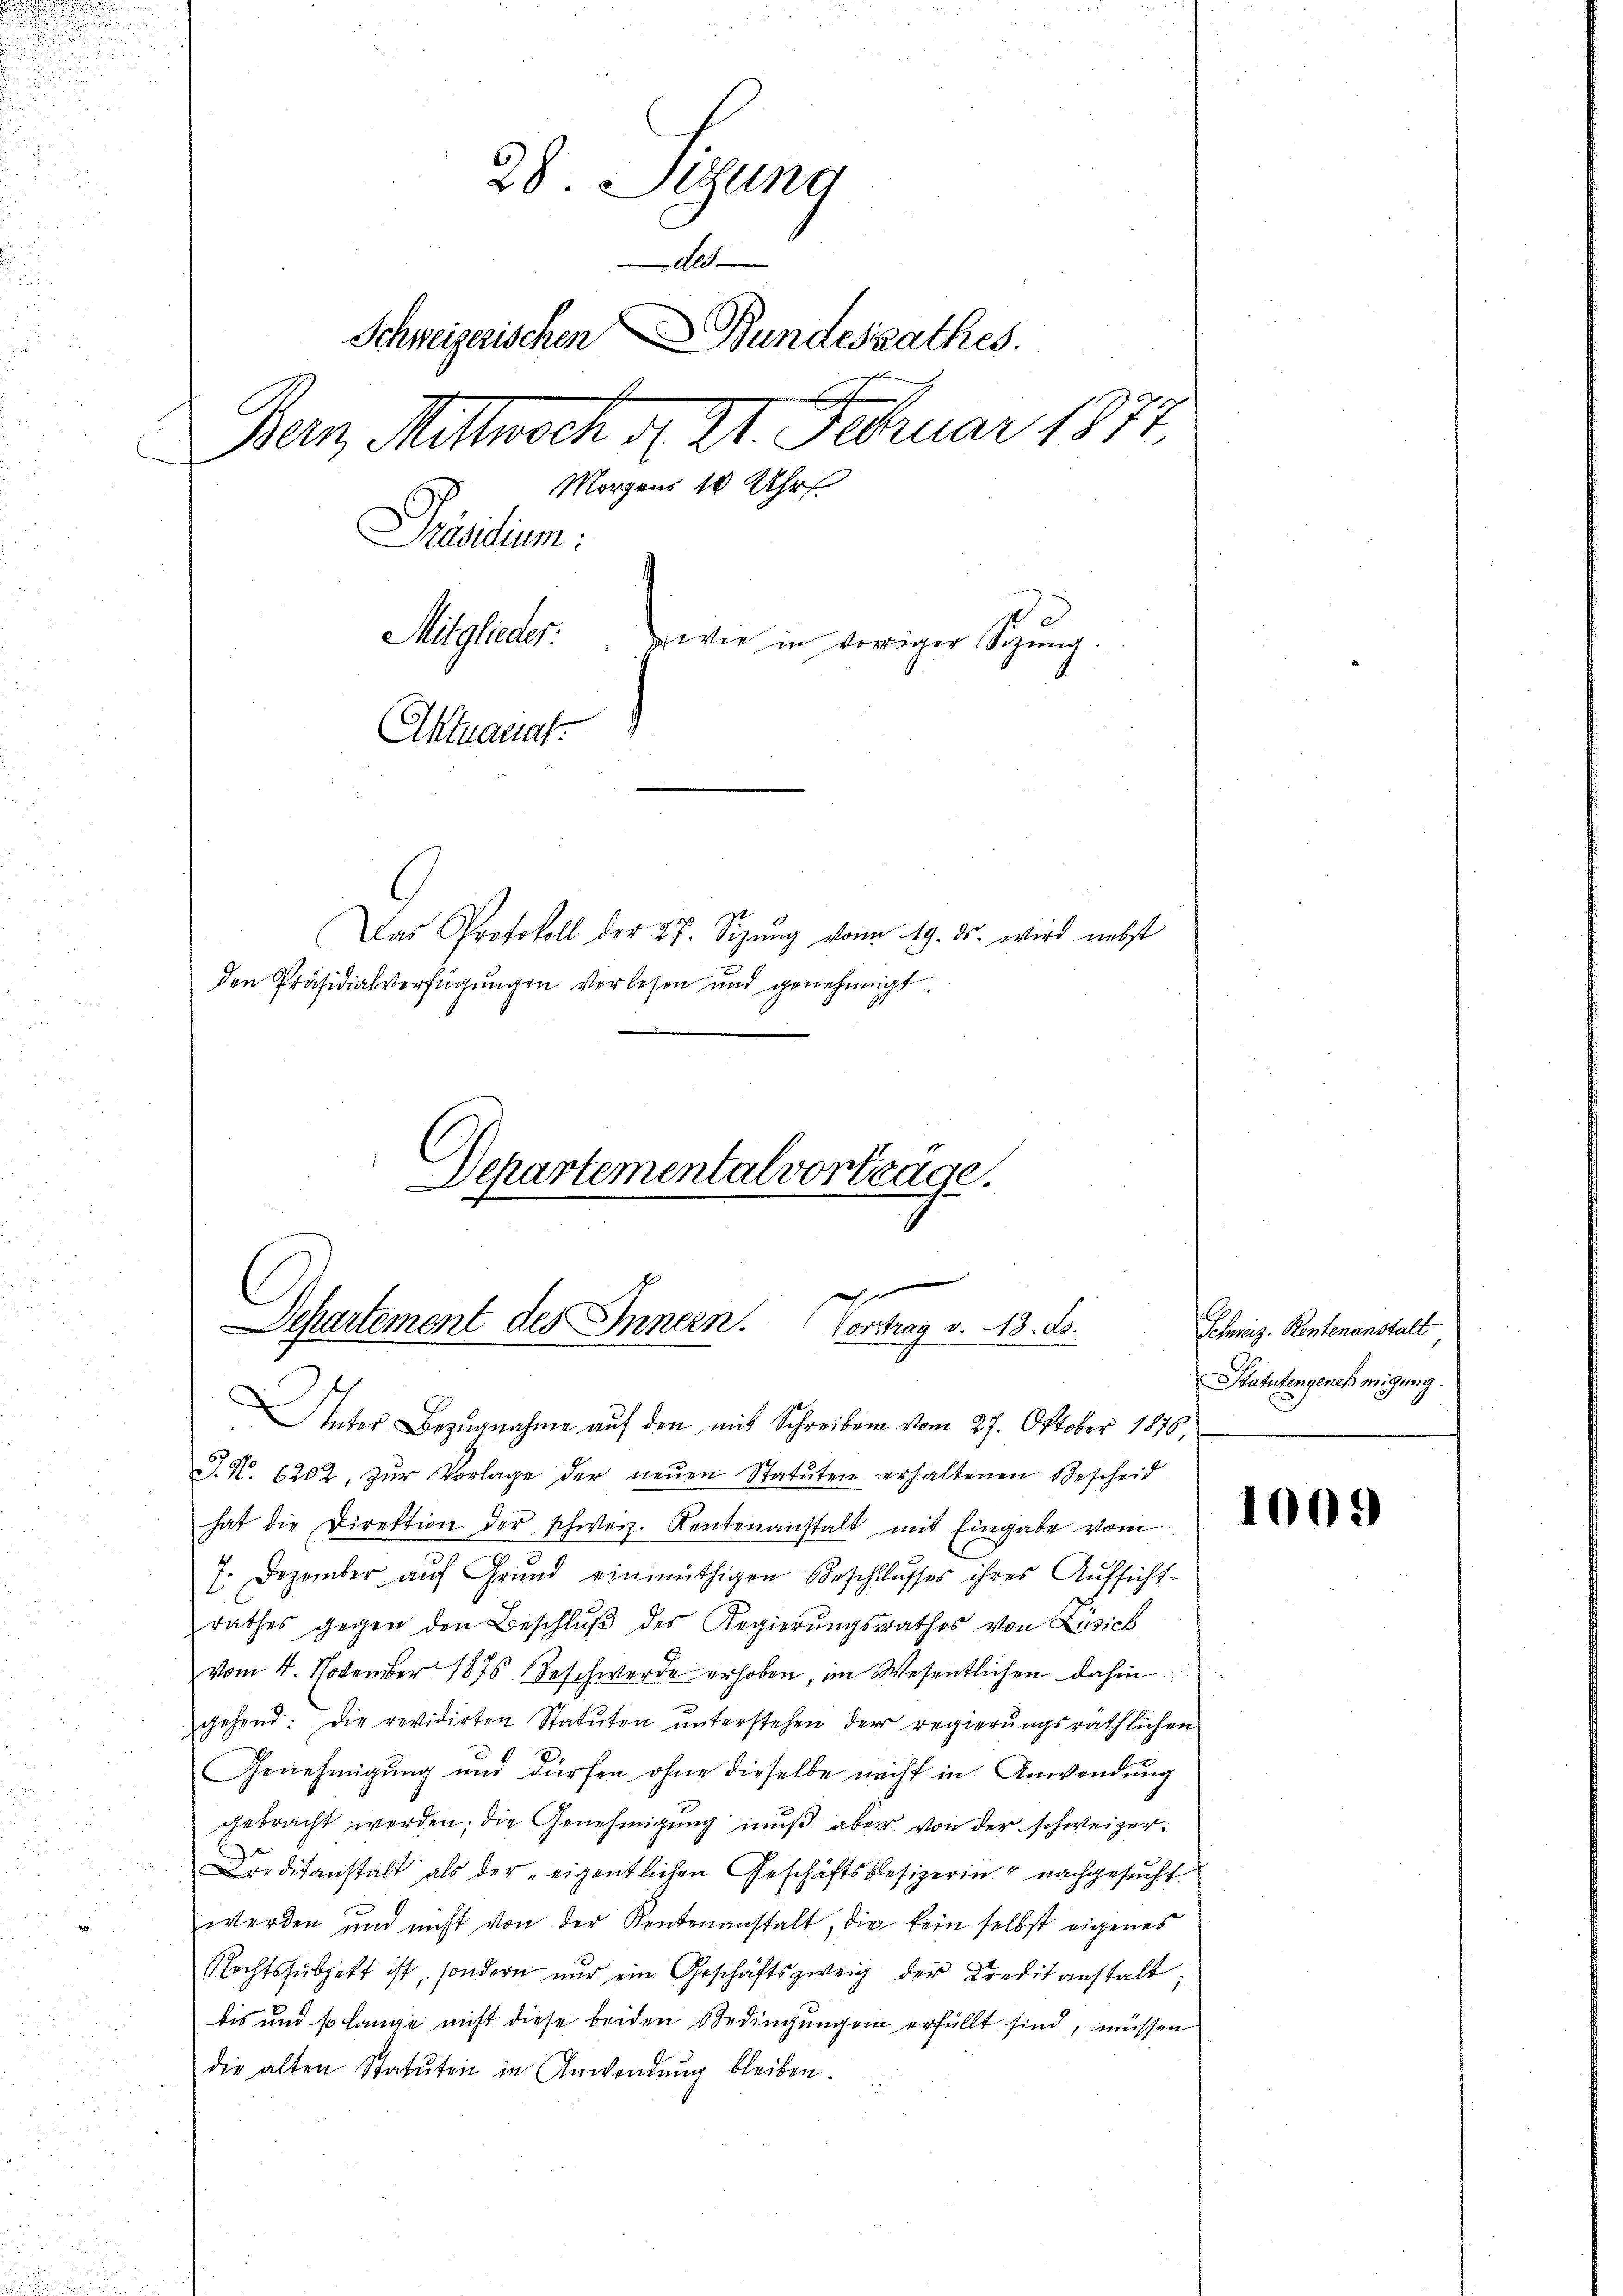
28. Setzung
de
Schweizerischen Bundesrathes.
Ban, Mittwoch d. 21. Februar 1874.
Morgens 10 Uhr
Präsidium
Mitglieder: wie in voriger Sitzung.
Aktuanal.
Das Protokoll der 27. Sizŭng von 19. ds. wird nebst
den Präsidialverfügungen verlesen und genehmigt.

Departementalvortrage.
d
Separtement des Innern. Vortrag v. 13. ds.

Unter Bezugnahme auf den mit Schreiben vom 27. Oktober 1846,
J. No. 6202. zŭr Vorlage der neŭen Statŭten erhaltenen Bescheid
hat die Direktion der schweiz. Rentenanstalt mit Eingabe vom
7. Dezember auf Grund einmüthigen Beschlusses ihres Aufsicht-
rathes gegen den Beschlŭβ des Regierŭngsrathes von Zusich
vom 4. November 1876 Beschwerde erhoben, im Wesentlichen dahin
gehend: Die revidirten Statuten unterstehen der regierungsräthlichen
Genehmigung und dürfen ohne dieselbe nicht in Anwendung
gebracht werden; die Genehmigung muß aber von der schweizerreditanstalt als der „eigentlichen Geschäftsbesizerin nachgesucht
werden und nicht von der Kentenanstalt, die kein selbst eigenes
Rechtssubjekt ist, sondern nŭr ein Geschäftszweig der Kreditanstalt
bis und so lange nicht diese beiden Bedingungen erfüllt sind, müssen
die alten Statuten in Anwendung bleiben.

Schweiz. Rentenanstalt
Statutengenehmigung.

1009